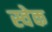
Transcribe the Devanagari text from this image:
स्वेक